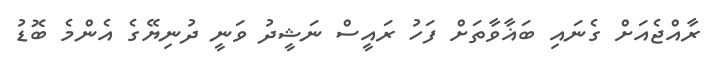
ރާއްޖެއަށް ގެނައި ބަޣާވާތަށް ފަހު ރައީސް ނަޝީދު ވަނީ ދުނިޔޭގެ އެންމެ ބޮޑު